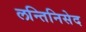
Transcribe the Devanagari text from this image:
लन्तिनिसेद